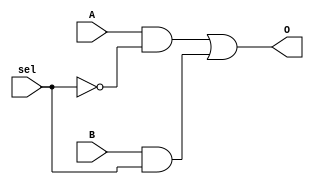
`timescale 1 ps / 100 fs
module mux2_1(O,A,B,sel);
// sel = 0 : O = A
// sel = 1 : O =B
output O;
input A,B,sel;
not #(50) not1(nsel,sel);
and #(50) and1(O1,A,nsel); 
and #(50) and2(O2,B,sel);
or #(50) or2(O,O1,O2);
endmodule